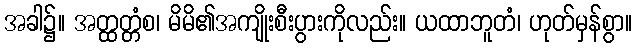
အခါ၌။ အတ္ထတ္တံစ၊ မိမိ၏အကျိုးစီးပွားကိုလည်း။ ယထာဘူတံ၊ ဟုတ်မှန်စွာ။